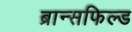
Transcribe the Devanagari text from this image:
ब्रान्सफिल्ड